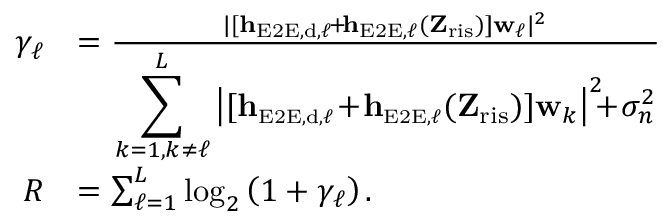
\begin{array} { r l } { \gamma _ { \ell } } & { = \frac { | [ \mathbf { h } _ { \scriptscriptstyle \mathrm { E 2 E } , \scriptscriptstyle \mathrm { d } , \ell } \! + \! \mathbf { h } _ { \scriptscriptstyle \mathrm { E 2 E } , \ell } ( \mathbf { Z } _ { \mathrm { r i s } } ) ] \mathbf { w } _ { \ell } | ^ { 2 } } { \displaystyle \sum _ { k = 1 , k \neq \ell } ^ { L } \big \rvert [ \mathbf { h } _ { \scriptscriptstyle \mathrm { E 2 E } , \scriptscriptstyle \mathrm { d } , \ell } \! + \! \mathbf { h } _ { \scriptscriptstyle \mathrm { E 2 E } , \ell } ( \mathbf { Z } _ { \mathrm { r i s } } ) ] \mathbf { w } _ { k } \big \rvert ^ { 2 } \! \! \! + \! \sigma _ { n } ^ { 2 } } } \\ { R } & { = \sum _ { \ell = 1 } ^ { L } \log _ { 2 } \left( 1 + \gamma _ { \ell } \right) . } \end{array}